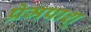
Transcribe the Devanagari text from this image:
प्रेमपाश्